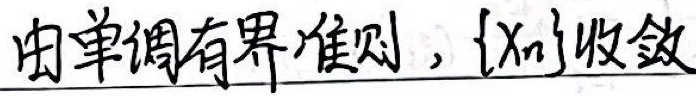
由单调有界准则，$\{x_n\}$收敛